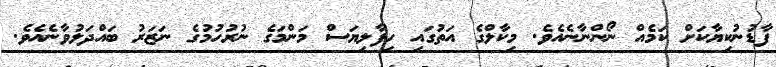
ފާޑުނުކިޔާކަށް ކަމެއް ނޯންނާނެއެވެ. މިކާލްގެ އަތުގައި ހިފާލިޔަސް މަންމަގެ ނުރުހުމުގެ ނަޒަރު ބައްދަލުވާނެއެވެ.